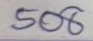
508